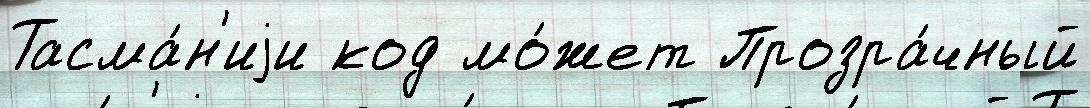
Тасма́н'иjи код мо́жет Прозра́чный